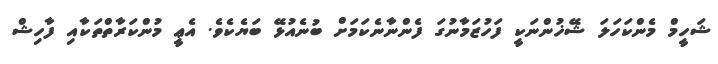
ޝަހީމް މެންކަހަލަ ޝޭޚުންނަކީ ފަހުޒަމާނުގަ ފެންނާނެކަމަށް ބުނެއުޅޭ ބަޔެކެވެ. އެޢީ މުންކަރާތްތަކާއި ފާހިޝް